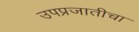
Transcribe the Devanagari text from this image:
उपप्रजातीचा